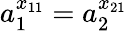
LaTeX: a_{1}^{x_{11}}=a_{2}^{x_{21}}